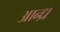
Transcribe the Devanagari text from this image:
आन्‍ध्र